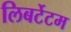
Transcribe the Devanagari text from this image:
लिबर्टेटम